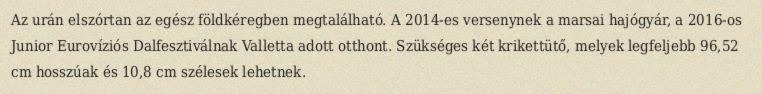
Az urán elszórtan az egész földkéregben megtalálható. A 2014-es versenynek a marsai hajógyár, a 2016-os Junior Eurovíziós Dalfesztiválnak Valletta adott otthont. Szükséges két krikettütő, melyek legfeljebb 96,52 cm hosszúak és 10,8 cm szélesek lehetnek.